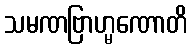
သမဏဗြာဟ္မဏောတိ